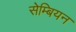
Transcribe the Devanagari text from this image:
सेम्बियन